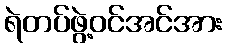
ရဲတပ်ဖွဲ့ဝင်အင်အား